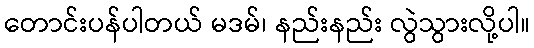
တောင်းပန်ပါတယ် မဒမ်၊ နည်းနည်း လွဲသွားလို့ပါ။